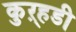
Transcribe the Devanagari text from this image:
कुऱ्हडी